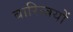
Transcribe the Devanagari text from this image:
बारिव्त्रयों